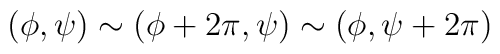
(\phi,\psi)\sim(\phi+2\pi,\psi)\sim(\phi,\psi+2\pi)\,